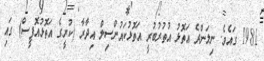
1981 ގައެވެ. ނިލަންދެ އަތޮޅު އުތުރުބުރީ އަތޮޅުކައުންސިލް އިދާރާ (ކުރީގެ އަތޮޅުއޮފީސް) ގައި